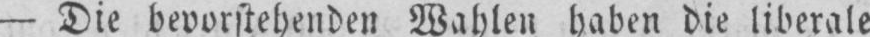
- Die bevorstehenden Wahlen haben die liberale